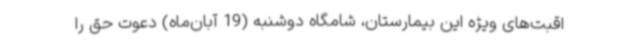
اقبت‌های ویژه این بیمارستان، شامگاه دوشنبه (19 آبان‌ماه) دعوت حق را